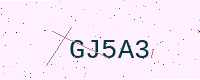
Text: GJ5A3